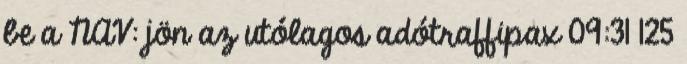
be a NAV: jön az utólagos adótraffipax 09:31 125